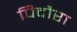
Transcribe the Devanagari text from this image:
पिदौरा